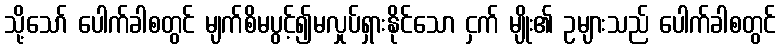
သို့သော် ပေါက်ခါစတွင် မျက်စိမပွင့်၍မလှုပ်ရှားနိုင်သော ငှက် မျိုး၏ ဥများသည် ပေါက်ခါစတွင်